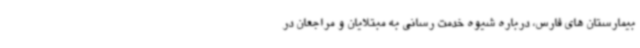
بیمارستان های فارس، درباره شیوه خدمت رسانی به مبتلایان و مراجعان در